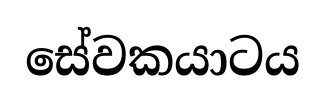
සේවකයාටය